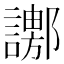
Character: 𧬚